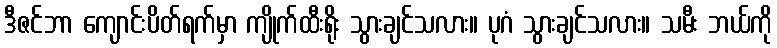
ဒီဇင်ဘာ ကျောင်းပိတ်ရက်မှာ ကျိုက်ထီးရိုး သွားချင်သလား။ ပုဂံ သွားချင်သလား။ သမီး ဘယ်ကို